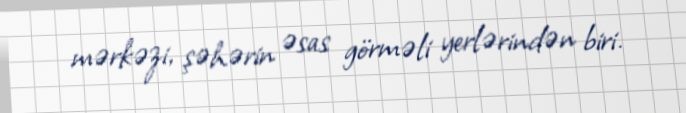
mərkəzi, şəhərin əsas görməli yerlərindən biri.